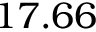
1 7 . 6 6